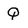
Character: Q